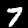
Label: 7